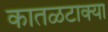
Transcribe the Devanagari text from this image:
कातळटाक्या